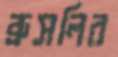
ব্রুসলির